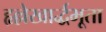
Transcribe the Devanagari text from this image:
हृल्लेखार्द्धभूता